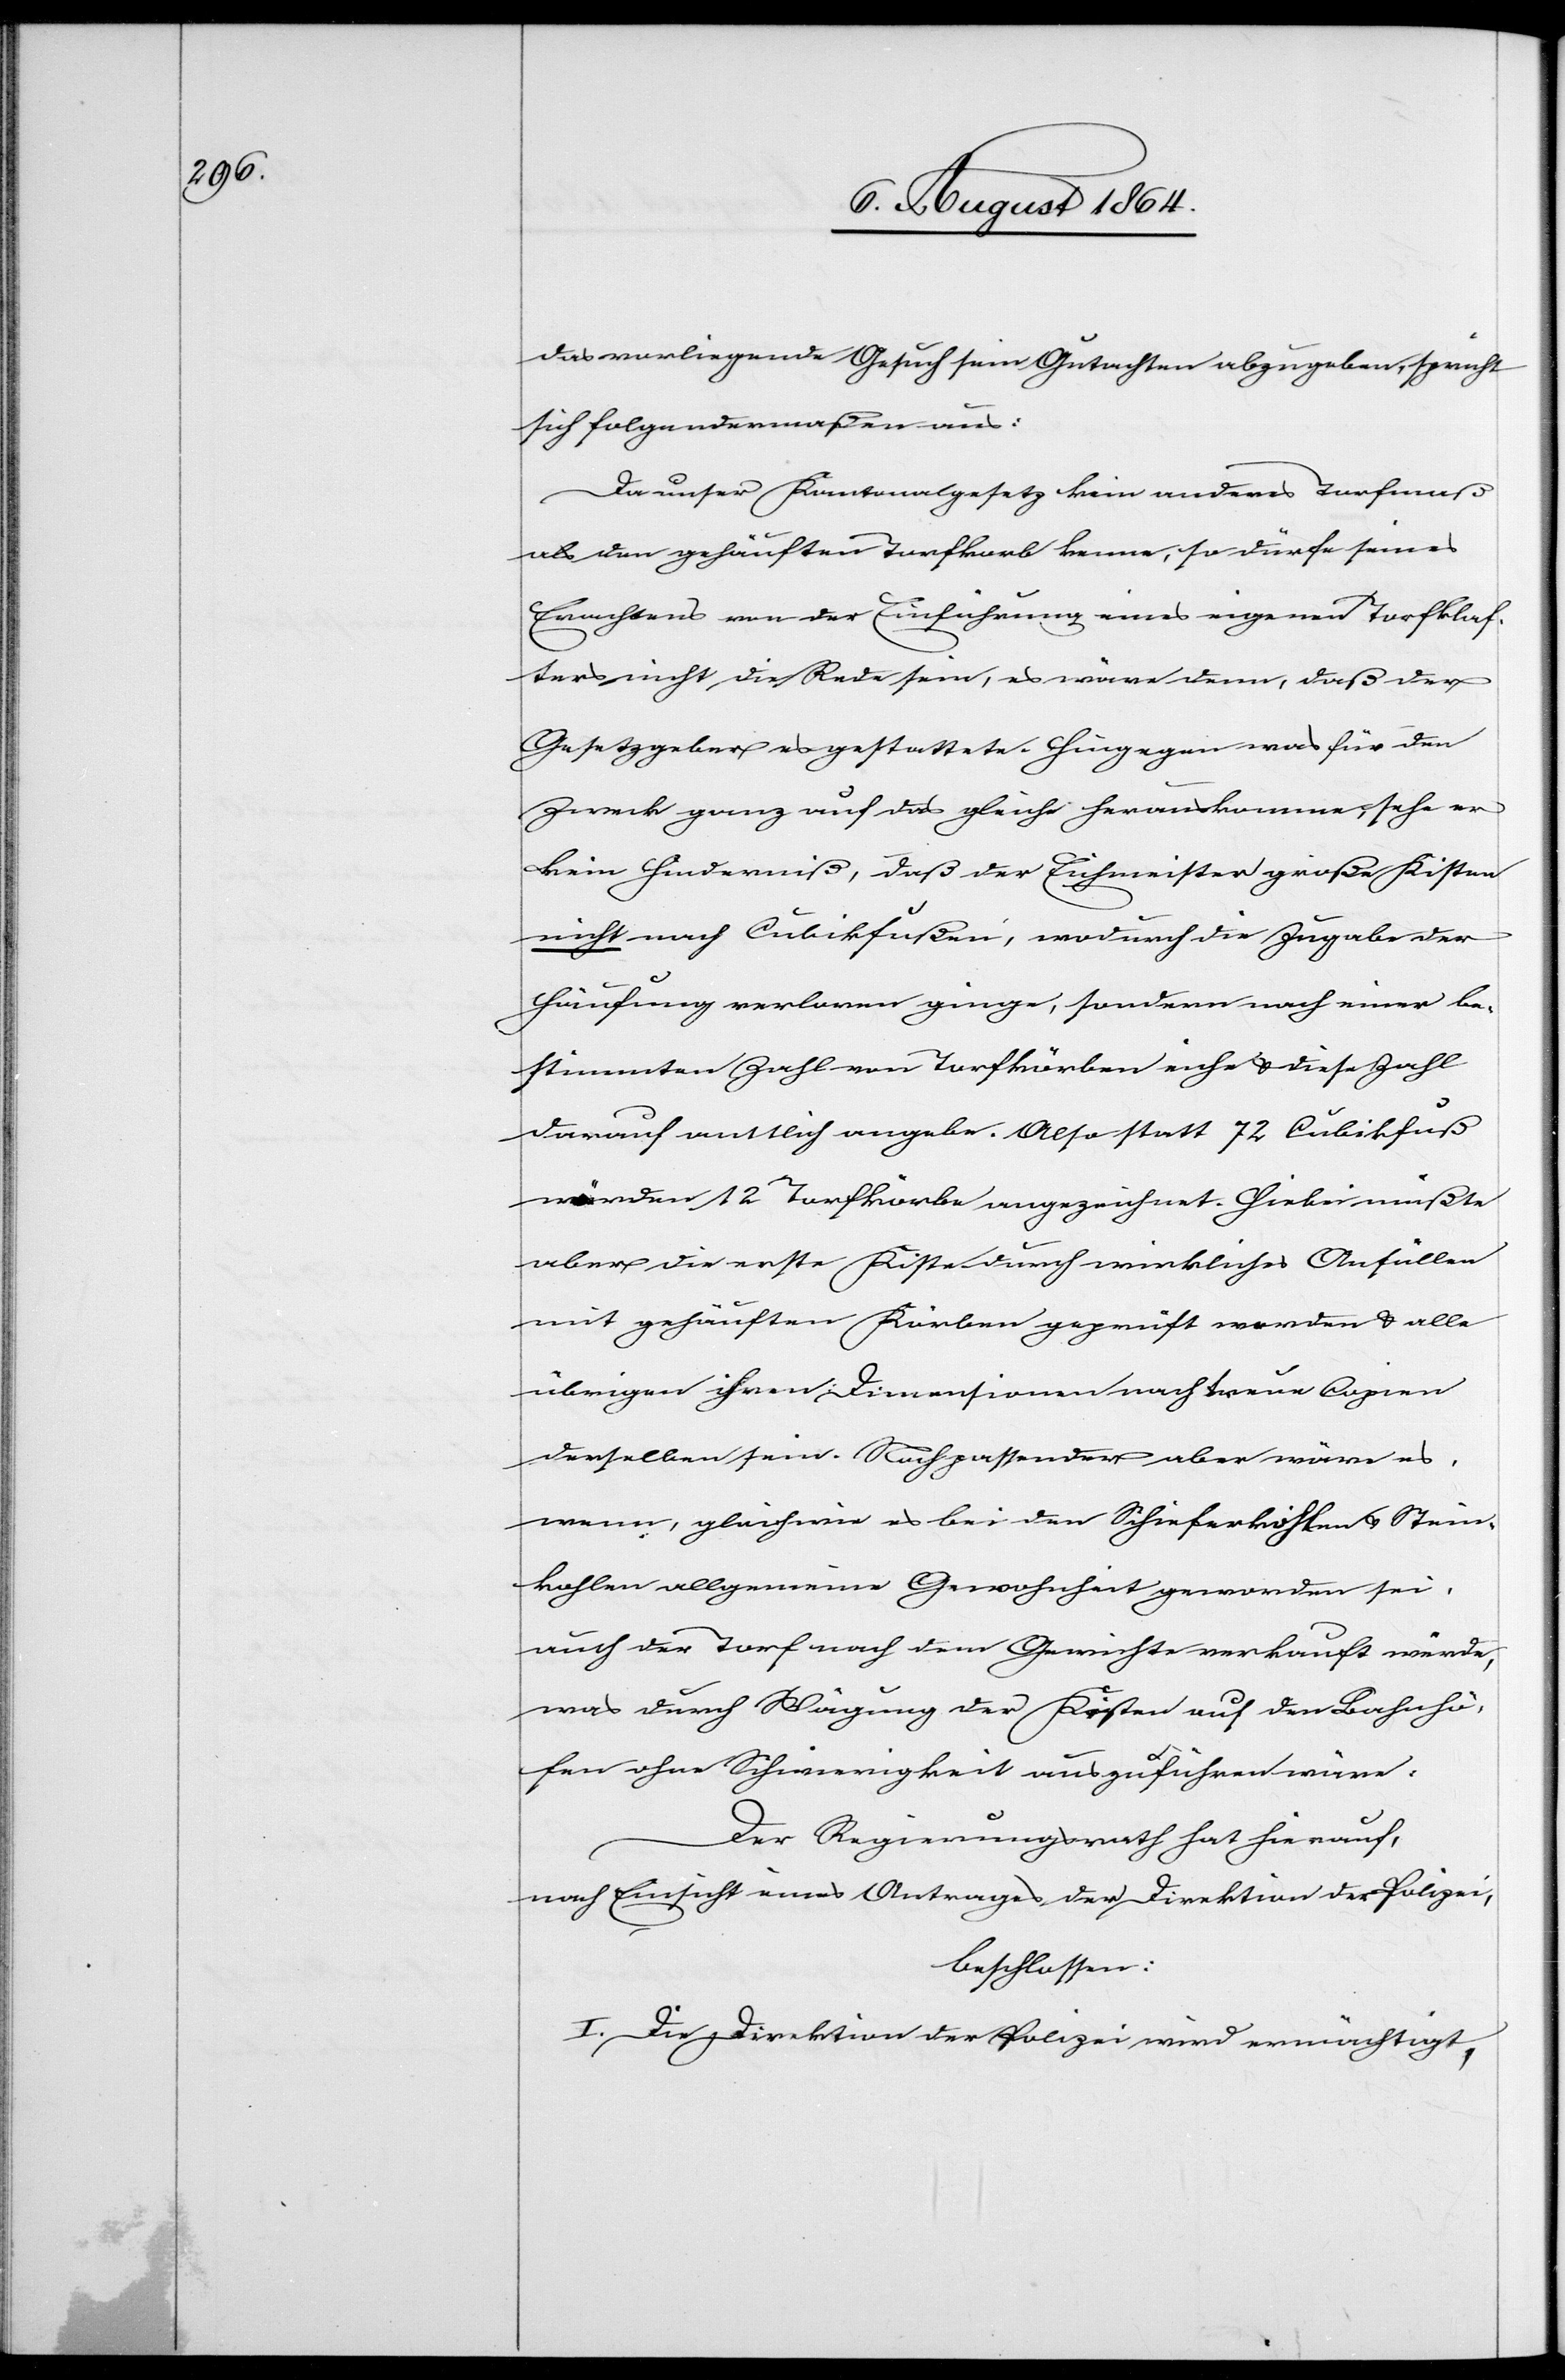
das vorliegende Gesuch sein Gutachten abzugeben, spricht
sich folgendermaßen aus:
Da unser Kantonalgesetz kein anderes Torfmaß
als der gehäufte Torfkorb kenne, so dürfe seines
Erachtens von der Einführung eines eigenen Torfklaf¬
ters nicht die Rede sein, es wäre denn, daß der
Gesetzgeber es gestattete. Hingegen was für den
Zweck ganz auf das gleiche herauskomme, sehe er
kein Hinderniß, daß der Eichmeister große Kisten
nicht nach Cubikfußen [sic!], wodurch die Zugabe der
Häufung verloren ginge, sondern nach einer be¬
stimmten Zahl von Torfkörben eiche & diese Zahl
darauf amtlich angebe. Also statt 72 Cubikfuß
würden 12 Torfkörbe angezeichnet. Hiebei müßte
aber die erste Kiste durch wirkliches Anfüllen
mit gehäuften Körben geprüft werden & alle
übrigen ihren Dimensionen nach treue Copien
derselben sein. Noch passender aber wäre es,
wenn, gleich wie es bei den Schieferkohlen & Stein¬
kohlen allgemeine Gewohnheit geworden sei,
auch der Torf nach dem Gewichte verkauft würde,
was durch Wägung der Kisten auf den Bahnhö¬
fen ohne Schwierigkeit auszuführen wäre.
Der Regierungsrath hat hierauf,
nach Einsicht eines Antrages der Direktion der Polizei,
beschlossen:
I. Die Direktion der Polizei wird ermächtigt,